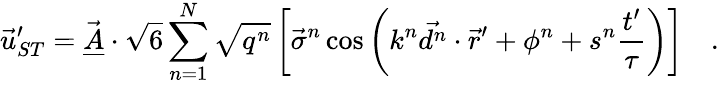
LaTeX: \vec{u}_{ST}^{\prime}=\vec{\underline{{A}}}\cdot\sqrt{6}\sum_{n=1}^{N}\sqrt{q^{n}}\left[\vec{\sigma}^{n}\cos\left(k^{n}\vec{d^{n}}\cdot\vec{r}^{\prime}+\phi^{n}+s^{n}\frac{t^{\prime}}{\tau}\right)\right]\quad.